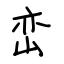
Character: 峦